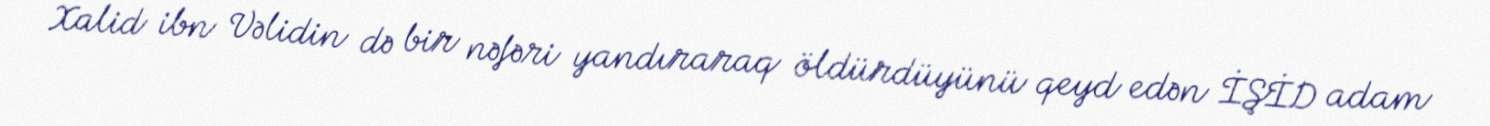
Xalid ibn Vəlidin də bir nəfəri yandıraraq öldürdüyünü qeyd edən İŞİD adam